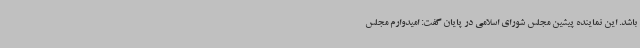
باشد. این نماینده پیشین مجلس شورای اسلامی در پایان گفت: امیدوارم مجلس